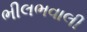
ભીલભવાલી